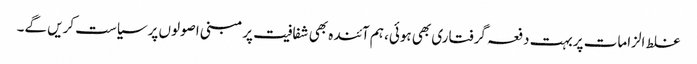
غلط الزامات پربہت دفعہ گرفتاری بھی ہوئی، ہم آئندہ بھی شفافیت پر مبنی اصولوں پرسیاست کریں گے۔